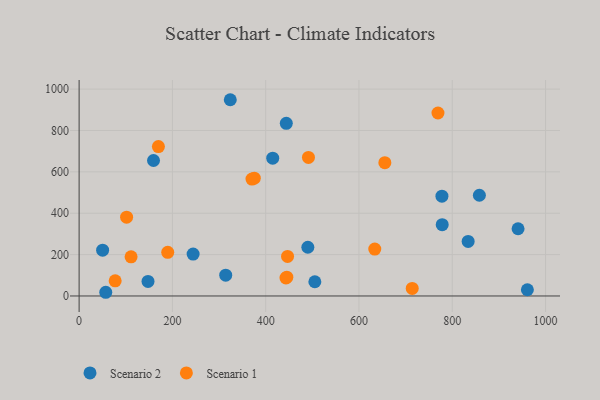
{"axis": {"x": "Speed", "y": "Rating"}, "legend": ["Scenario 1", "Scenario 2"], "data": [{"x": "777.9", "y": 482.3, "type": "Scenario 2"}, {"x": "858.2", "y": 487.0, "type": "Scenario 2"}, {"x": "147.7", "y": 70.5, "type": "Scenario 2"}, {"x": "505.4", "y": 68.8, "type": "Scenario 2"}, {"x": "415.1", "y": 666.0, "type": "Scenario 2"}, {"x": "314.3", "y": 100.5, "type": "Scenario 2"}, {"x": "490.4", "y": 235.5, "type": "Scenario 2"}, {"x": "244.4", "y": 202.8, "type": "Scenario 2"}, {"x": "778.5", "y": 344.9, "type": "Scenario 2"}, {"x": "961.1", "y": 30.2, "type": "Scenario 2"}, {"x": "324.1", "y": 948.7, "type": "Scenario 2"}, {"x": "159.5", "y": 654.9, "type": "Scenario 2"}, {"x": "444.2", "y": 834.5, "type": "Scenario 2"}, {"x": "50.4", "y": 221.4, "type": "Scenario 2"}, {"x": "57.1", "y": 17.9, "type": "Scenario 2"}, {"x": "941.1", "y": 324.9, "type": "Scenario 2"}, {"x": "834.1", "y": 263.5, "type": "Scenario 2"}, {"x": "111.4", "y": 189.5, "type": "Scenario 1"}, {"x": "190.0", "y": 211.2, "type": "Scenario 1"}, {"x": "769.4", "y": 884.5, "type": "Scenario 1"}, {"x": "375.6", "y": 569.5, "type": "Scenario 1"}, {"x": "491.7", "y": 669.8, "type": "Scenario 1"}, {"x": "77.3", "y": 73.3, "type": "Scenario 1"}, {"x": "655.5", "y": 644.2, "type": "Scenario 1"}, {"x": "443.5", "y": 86.8, "type": "Scenario 1"}, {"x": "445.3", "y": 91.0, "type": "Scenario 1"}, {"x": "170.0", "y": 722.1, "type": "Scenario 1"}, {"x": "633.9", "y": 226.6, "type": "Scenario 1"}, {"x": "714.2", "y": 36.3, "type": "Scenario 1"}, {"x": "370.6", "y": 565.3, "type": "Scenario 1"}, {"x": "446.9", "y": 191.0, "type": "Scenario 1"}, {"x": "101.8", "y": 381.0, "type": "Scenario 1"}]}